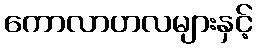
ကောလာဟလများနှင့်